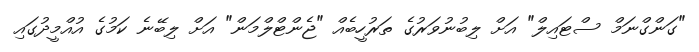
"ގަންގްނަމް ސްޓައިލް" އަށް ލިބުނުވަރުގެ ތަރުހީބެއް "ޖެންޓްލްމަން" އަށް ލިބޭނެ ކަމުގެ އުއްމީދުގައި